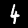
Label: 4